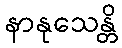
နာနုသေန္တိ